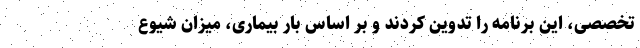
تخصصی، این برنامه را تدوین کردند و بر اساس بار بیماری، میزان شیوع